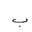
Letter: _ba